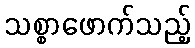
သစ္စာဖောက်သည့်